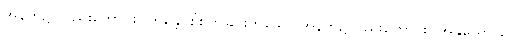
အနက်၌ လည်းကောင်း။ တိန္တေ၊ စိုစွတ်ခြင်းဟူသော အနက်၌လည်းကောင်း။ အနုယော ဂေ၊